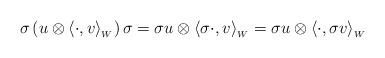
LaTeX: \begin{align*}\sigma \left( u \otimes \langle\cdot,v\rangle_{_W}\right)\sigma = \sigma u \otimes \langle \sigma \cdot,v\rangle_{_W} = \sigma u\otimes \langle\cdot,\sigma v\rangle_{_W}\end{align*}